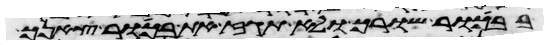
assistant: בבכור שורך ולא תגז את בכור צאנך